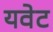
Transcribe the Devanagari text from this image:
यवेट